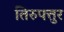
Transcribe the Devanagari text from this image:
तिरुपत्तुर